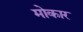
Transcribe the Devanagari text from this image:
मोकार